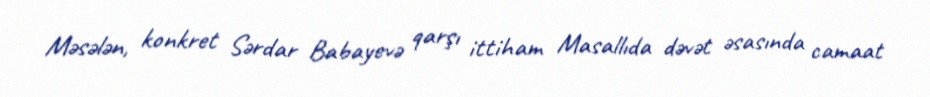
Məsələn, konkret Sərdar Babayevə qarşı ittiham Masallıda dəvət əsasında camaat